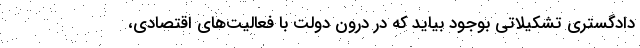
دادگستری تشکیلاتی بوجود بیاید که در درون دولت با فعالیت‌های اقتصادی،